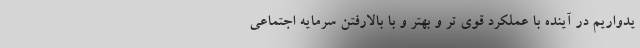
یدواریم در آینده با عملکرد قوی تر و بهتر و با بالارفتن سرمایه اجتماعی